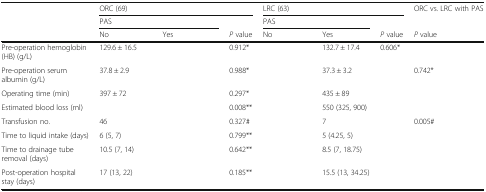
<table><thead><tr><td rowspan="3">[EMPTY_CELL]</td><td colspan="3"><b>ORC (69)</b></td><td colspan="3"><b>LRC (63)</b></td><td><b>ORC vs. LRC with PAS</b></td></tr><tr><td colspan="2"><b>PAS</b></td><td>[EMPTY_CELL]</td><td colspan="2"><b>PAS</b></td><td>[EMPTY_CELL]</td><td>[EMPTY_CELL]</td></tr><tr><td><b>No</b></td><td><b>Yes</b></td><td><b><i>P</i> value</b></td><td><b>No</b></td><td><b>Yes</b></td><td><b><i>P</i> value</b></td><td><b><i>P</i> value</b></td></tr></thead><tbody><tr><td>Pre-operation hemoglobin (HB) (g/L)</td><td>129.6 ± 16.5</td><td>[EMPTY_CELL]</td><td>0.912*</td><td>[EMPTY_CELL]</td><td>132.7 ± 17.4</td><td>0.606*</td><td>[EMPTY_CELL]</td></tr><tr><td>Pre-operation serum albumin (g/L)</td><td>37.8 ± 2.9</td><td>[EMPTY_CELL]</td><td>0.988*</td><td>[EMPTY_CELL]</td><td>37.3 ± 3.2</td><td>[EMPTY_CELL]</td><td>0.742*</td></tr><tr><td>Operating time (min)</td><td>397 ± 72</td><td>[EMPTY_CELL]</td><td>0.297*</td><td>[EMPTY_CELL]</td><td>435 ± 89</td><td>[EMPTY_CELL]</td><td>[EMPTY_CELL]</td></tr><tr><td>Estimated blood loss (ml)</td><td>[EMPTY_CELL]</td><td>[EMPTY_CELL]</td><td>0.008**</td><td>[EMPTY_CELL]</td><td>550 (325, 900)</td><td>[EMPTY_CELL]</td><td>[EMPTY_CELL]</td></tr><tr><td>Transfusion no.</td><td>46</td><td>[EMPTY_CELL]</td><td>0.327#</td><td>[EMPTY_CELL]</td><td>7</td><td>[EMPTY_CELL]</td><td>0.005#</td></tr><tr><td>Time to liquid intake (days)</td><td>6 (5, 7)</td><td>[EMPTY_CELL]</td><td>0.799**</td><td>[EMPTY_CELL]</td><td>5 (4.25, 5)</td><td>[EMPTY_CELL]</td><td>[EMPTY_CELL]</td></tr><tr><td>Time to drainage tube removal (days)</td><td>10.5 (7, 14)</td><td>[EMPTY_CELL]</td><td>0.642**</td><td>[EMPTY_CELL]</td><td>8.5 (7, 18.75)</td><td>[EMPTY_CELL]</td><td>[EMPTY_CELL]</td></tr><tr><td>Post-operation hospital stay (days)</td><td>17 (13, 22)</td><td>[EMPTY_CELL]</td><td>0.185**</td><td>[EMPTY_CELL]</td><td>15.5 (13, 34.25)</td><td>[EMPTY_CELL]</td><td>[EMPTY_CELL]</td></tr></tbody></table>